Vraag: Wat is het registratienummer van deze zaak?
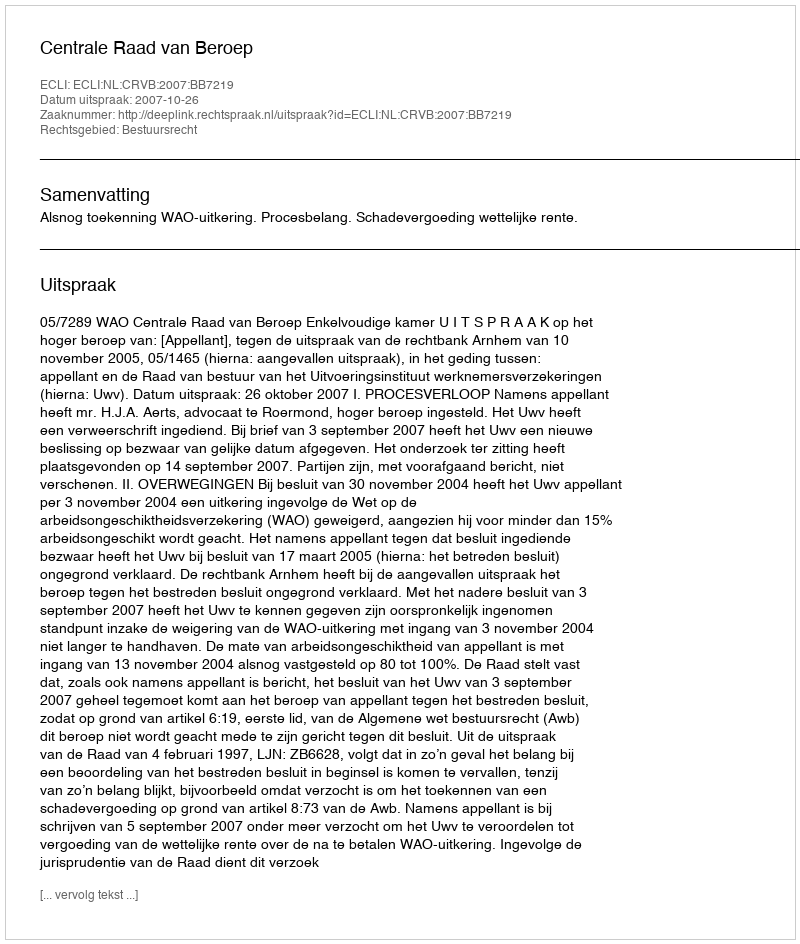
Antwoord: http://deeplink.rechtspraak.nl/uitspraak?id=ECLI:NL:CRVB:2007:BB7219